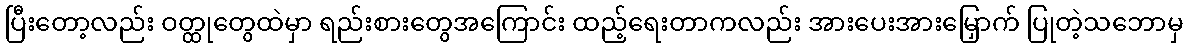
ပြီးတော့လည်း ဝတ္ထုတွေထဲမှာ ရည်းစားတွေအကြောင်း ထည့်ရေးတာကလည်း အားပေးအားမြှောက် ပြုတဲ့သဘောမှ